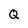
Character: Q